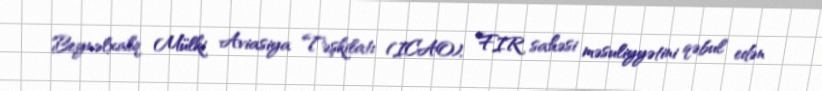
Beynəlxalq Mülki Aviasiya Təşkilatı (ICAO), FIR sahəsi məsuliyyətini qəbul edən